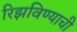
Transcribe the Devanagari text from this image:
रिझविण्याची